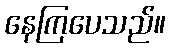
နေကြပေသည်။